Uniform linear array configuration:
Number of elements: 4
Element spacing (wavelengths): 0.25
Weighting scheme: uniform
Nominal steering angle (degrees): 30
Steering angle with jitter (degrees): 29.72
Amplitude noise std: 0.05
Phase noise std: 0.05

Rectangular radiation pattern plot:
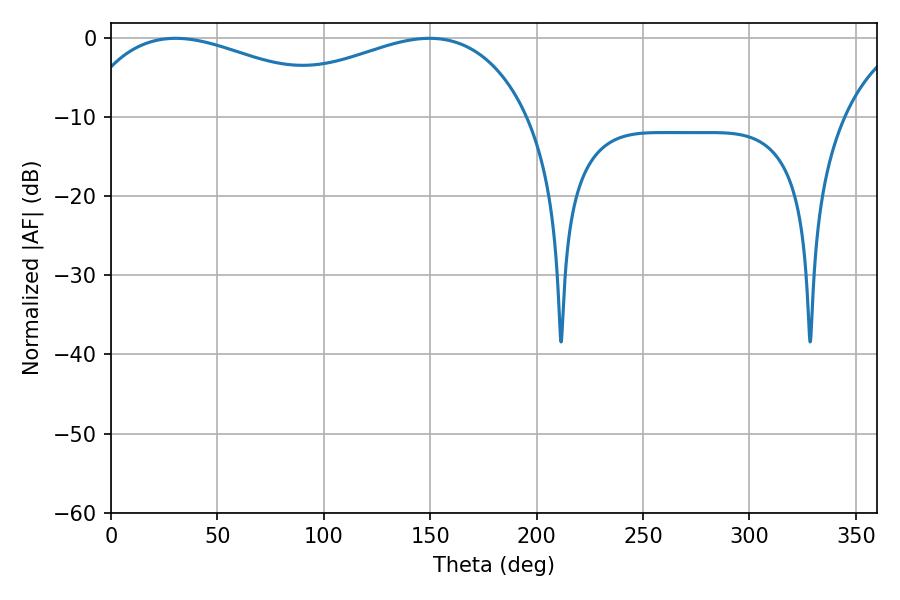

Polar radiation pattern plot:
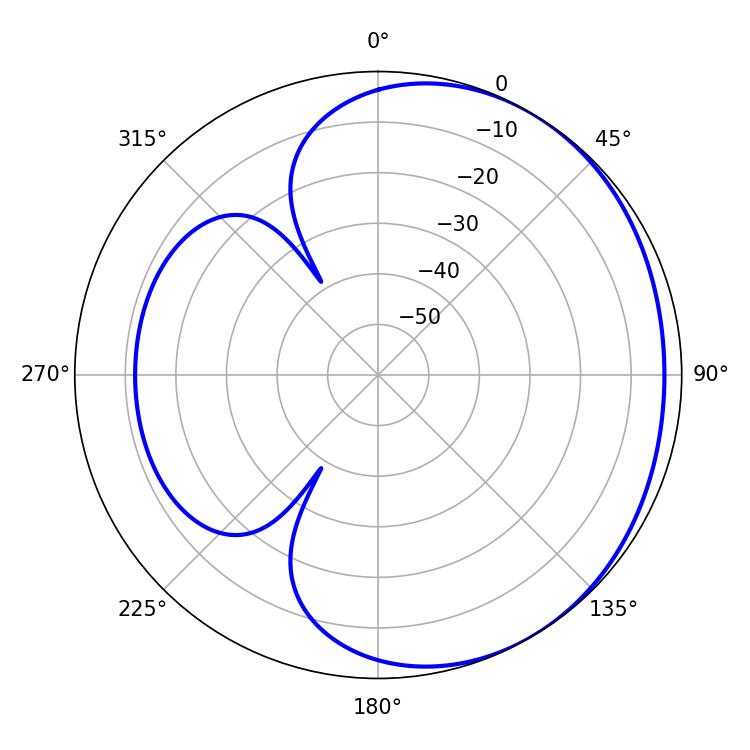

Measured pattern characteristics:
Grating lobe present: FALSE
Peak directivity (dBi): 1.924
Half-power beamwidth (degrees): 73.98
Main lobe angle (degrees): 30.42